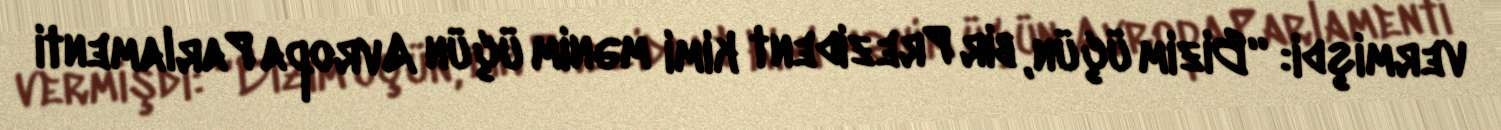
vermişdi: “Bizim üçün, bir Prezident kimi mənim üçün Avropa Parlamenti